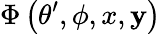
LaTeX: \Phi\left(\theta^{\prime},\phi,x,\mathbf{y}\right)